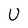
Character: U